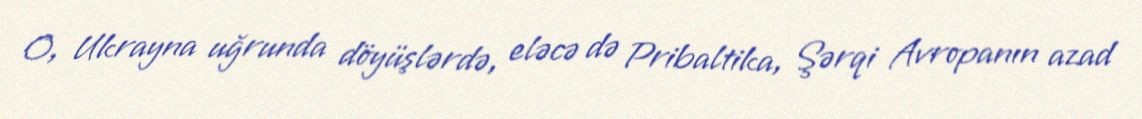
O, Ukrayna uğrunda döyüşlərdə, eləcə də Pribaltika, Şərqi Avropanın azad